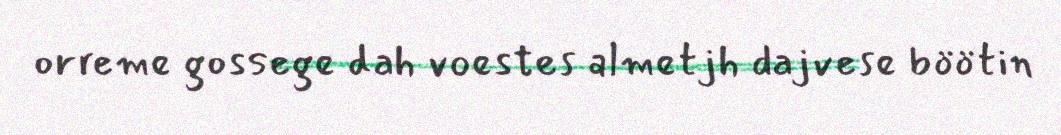
orreme gossege dah voestes almetjh dajvese böötin